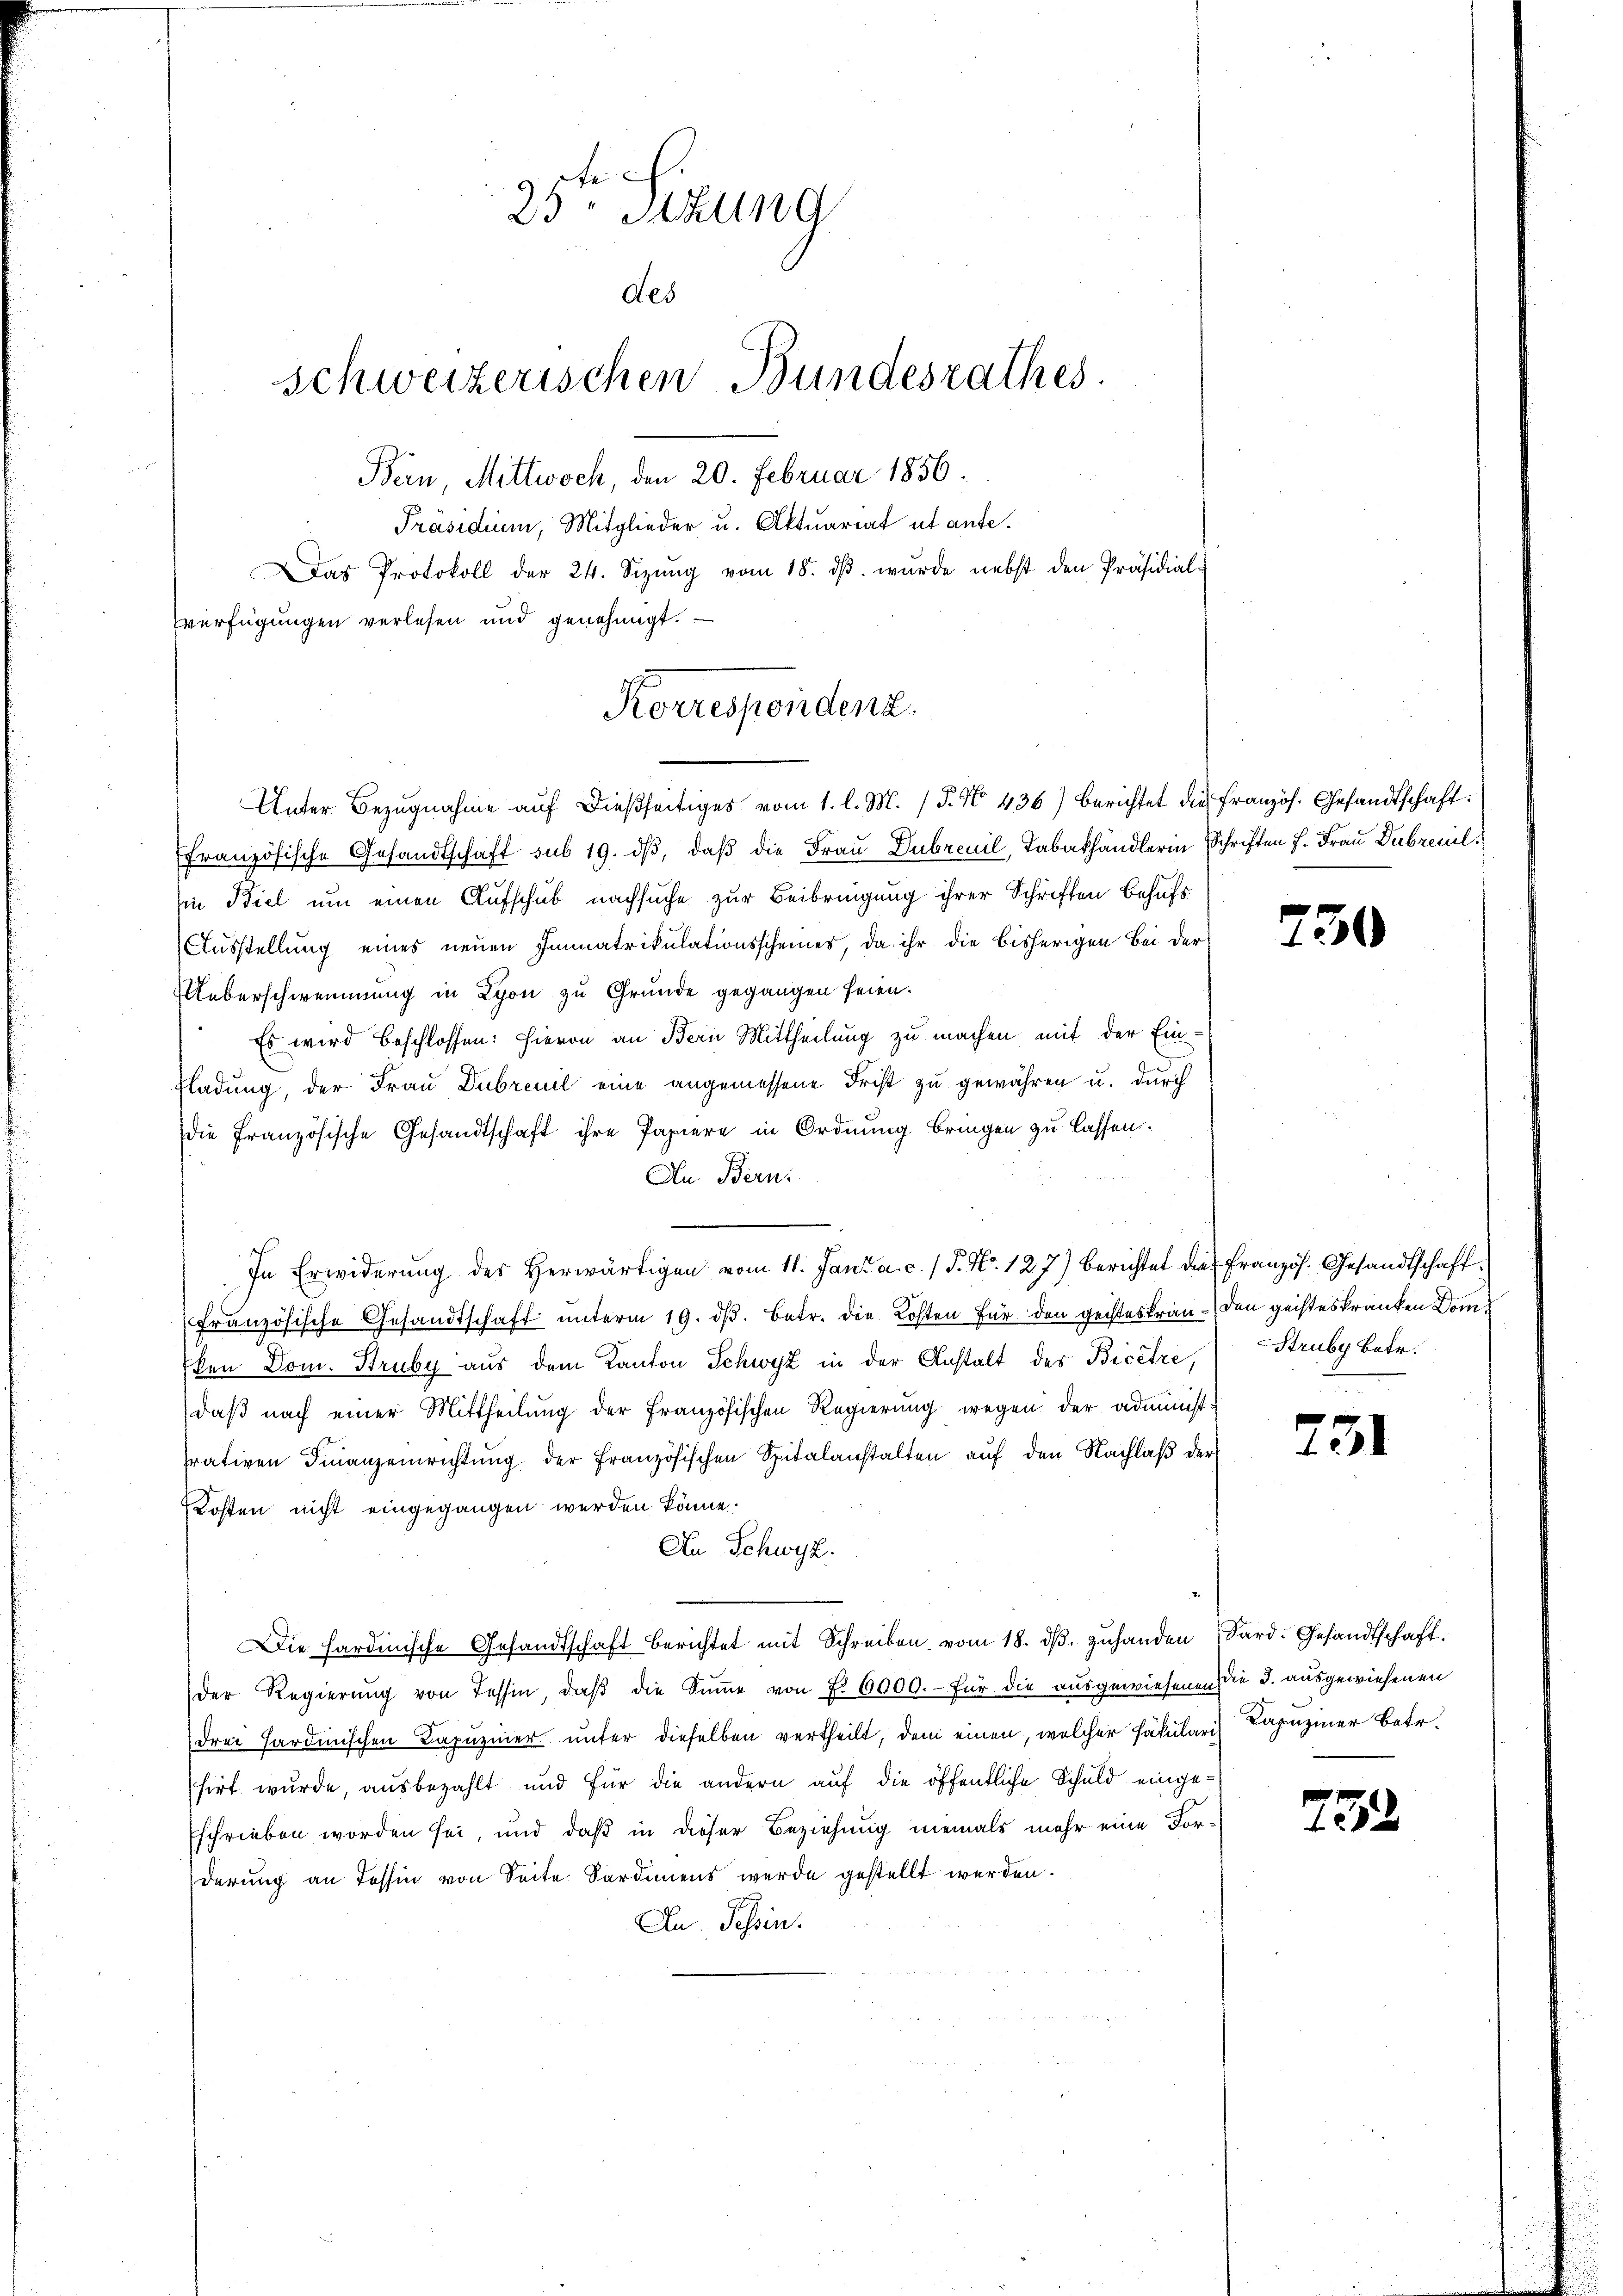
25. Sizung
des
schweizerischen Bundesrathes.
Bern, Mittwoch, den 20. Februar 1856.
Präsidium, Mitglieder u. Aktuariat ut ante¬
Das Protokoll der 24. Sizŭng vom 18. dβ. wurde nebst den Präsidial-
verfügungen verlesen und genehmigt.

Korrespendenz.
Unter Bezugnahme aŭf dießseitiges vom 1. l. M. P. No. 436) berichtet die Französ. Gesandtschaft:

ffranzösische Gesandtschaft sub 19. dβ, daß die Frau Dubreuil, Tabakhändlerin Schriften J. Frau Dubrenil
in Biel um einen Aufschub nachsuche zur Beibringung ihrer Schriften Behufs
Ausstellung eines neuen Immatrikulationsscheines, da ihr die bisherigen Bei der
Ueberschwemmung in Lyon zu Grunde gegangen seien.
Es wird beschlossen: Hievon an Bern Mittheilung zu machen mit der Ein¬
Fladung, der Frau Dubrenil eine angemessene Frist zu gewähren u. durch
die Französische Gesandtschaft ihre Papiere in Ordnung bringen zu lassen.
An Bern.
In Erwiderung des herwärtigen vom 11. Jani a. c. / P. Nr. 127) berichtet die Französ. Gesandtschaft
französische Gesandtschaft ŭnterm 19. dβ. Betr. die Kosten für den geisteskran- den geisteskranken Domken Dom. Struby aus dem Kanton Schwyz in der Anstalt des Bicetze,
daß nach einer Mittheilung der französischen Regierung wegen der administ
rativen Finanzeinrichtŭng der französischen Spitalanstalten aŭf den Nachlaβ der
Kosten nicht eingegangen werden könne.
An Schwyz:
Die Hardinische Gesandtschaft berichtet mit Schreiben vom 18. dβ zŭhanden Sard. Gesandtschaft.
der Regierŭng von Tessin, daβ die Sŭṁe von f. 6000.- für die ausgewiesenen die J. ausgewiesenen
drei Hardinischen Kapuziner unter dieselben vertheilt, dem einen, welcher Fakularis Kapuziner betr.
sirt wurde, ausbezahlt und für die andern auf die öffentliche Schuld eingeschrieben worden sei, und daß in dieser Beziehung niemals mehr eine Forderung an Tessin von Seite Sardiens werde gestellt werden.
Dn. Tessin.

750

Struby Betr.

731

232.